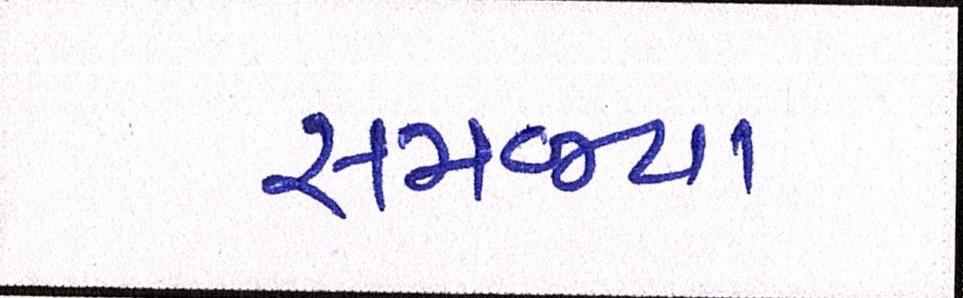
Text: સમજ્યા